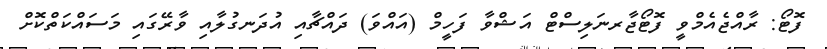
ފޮޓޯ: ރާއްޖެއެމްވީ ފޮޓޯޖާރނަލިސްޓް އަޝްވާ ފަހީމް (އައްވަ) ދައްޗާއި އުދަނގުލާއި ވާރޭގައި މަސައްކަތްކޮށް